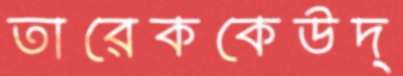
তারেককেউদ্